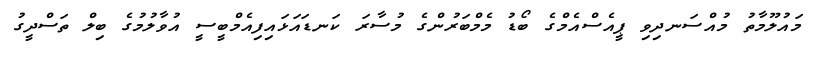
މައުލޫމާތު މުއްސަނދިވި ޕީއެސްއެމްގެ ބޯޑު މެމްބަރުންގެ މުސާރަ ކަނޑައަޅައިފިއެމްބީސީ އުވާލުމުގެ ބިލް ތަސްދީގު